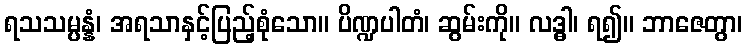
ရသသမ္ပန္နံ၊ အရသာနှင့်ပြည့်စုံသော။ ပိဏ္ဍပါတံ၊ ဆွမ်းကို။ လဒ္ဓါ၊ ရ၍။ ဘာဇေတွာ၊